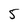
Character: 5